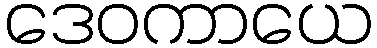
ဒေဝကာယေ